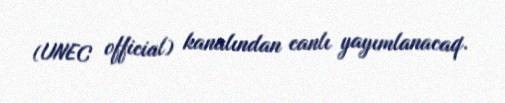
(UNEC official) kanalından canlı yayımlanacaq.